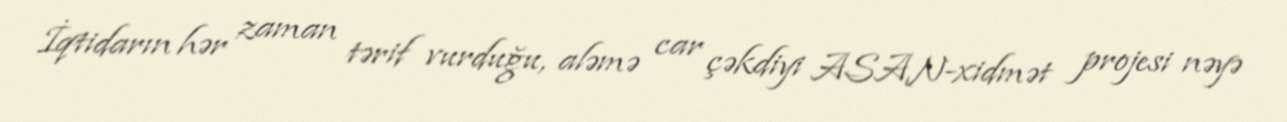
İqtidarın hər zaman tərif vurduğu, aləmə car çəkdiyi ASAN-xidmət projesi nəyə